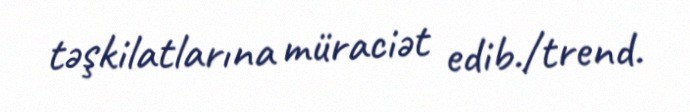
təşkilatlarına müraciət edib./trend.